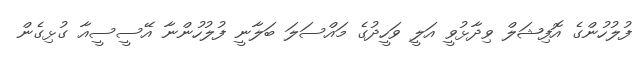
ފުލުހުންގެ އޮފިޝަލް ވިދާޅުވީ އަލީ ވަހީދުގެ މައްސަލަ ބަލާނީ ފުލުހުންނާ އޭސީސީއާ ގުޅިގެން